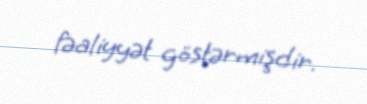
fəaliyyət göstərmişdir.